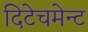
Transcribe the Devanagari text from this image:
दिटेचमेन्ट